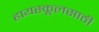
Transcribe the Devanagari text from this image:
हायस्कूलसाठी